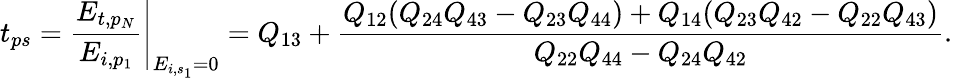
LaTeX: t_{ps}=\left.\frac{E_{t,p_{N}}}{E_{i,p_{1}}}\right\vert_{E_{i,s_{1}}=0}=Q_{13}+\frac{Q_{12}(Q_{24}Q_{43}-Q_{23}Q_{44})+Q_{14}(Q_{23}Q_{42}-Q_{22}Q_{43})}{Q_{22}Q_{44}-Q_{24}Q_{42}}.